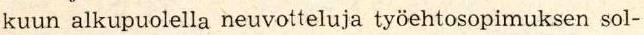
kuun alkupuolella neuvotteluja työehtosopimuksen sol-